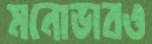
মনোভাবও